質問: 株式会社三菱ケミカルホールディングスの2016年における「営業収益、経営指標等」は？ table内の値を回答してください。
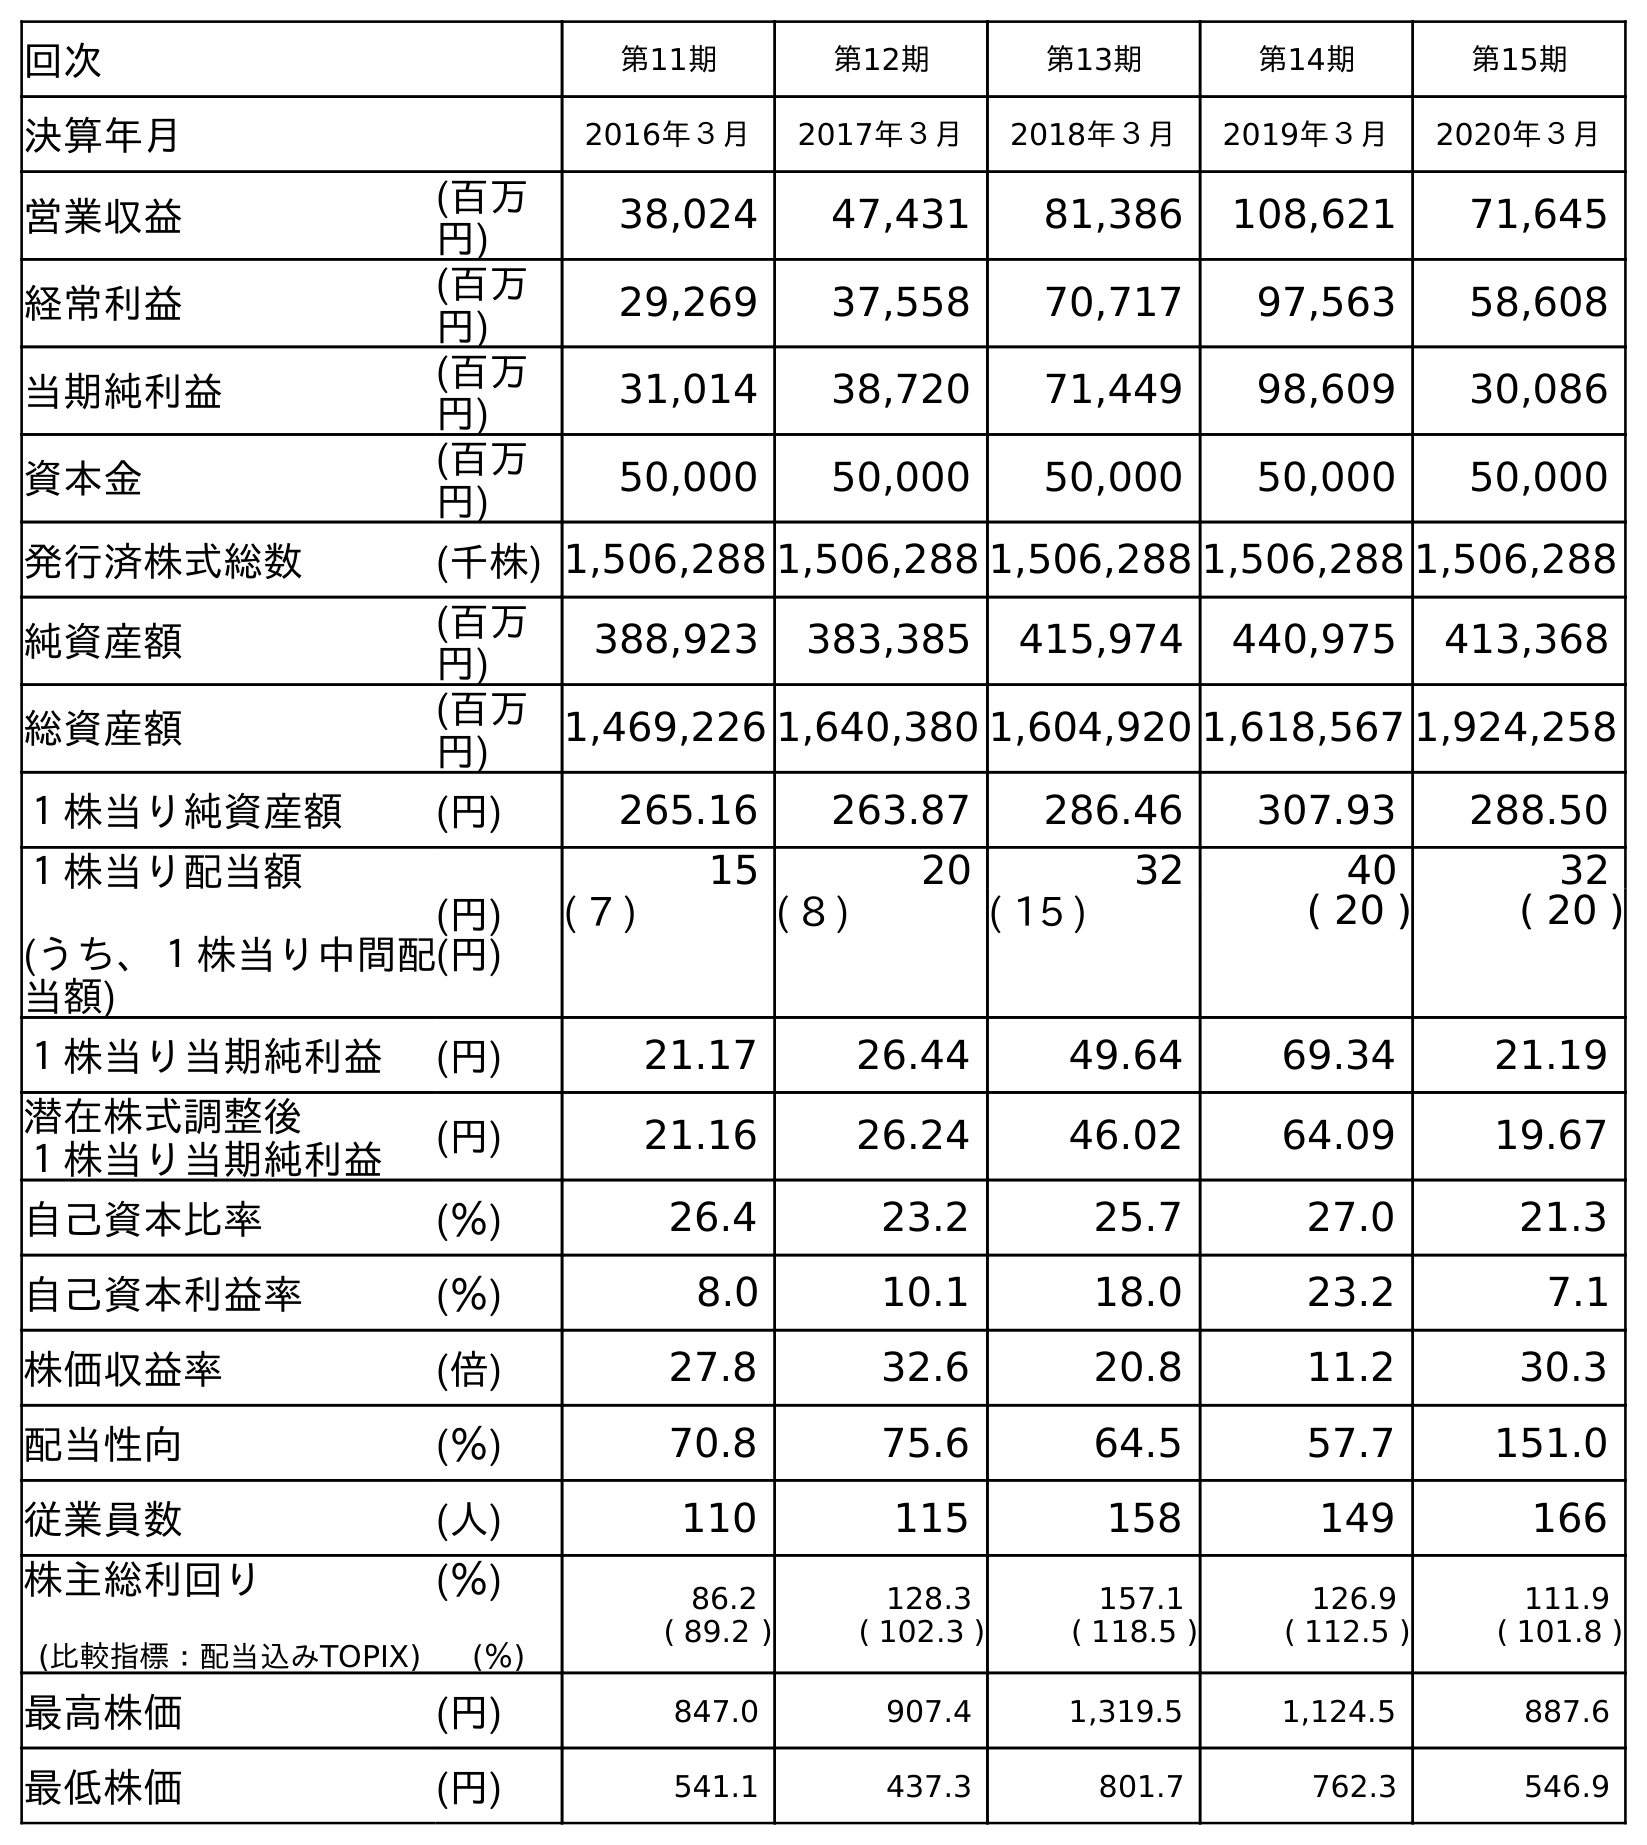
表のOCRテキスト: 回次 第11期 第12期 第13期 第14期 第15期 決算年月 2016年３月 2017年３月 2018年３月 2019年３月 2020年３月 営業収益 (百万 円) 38,024 47,431 81,386 108,621 71,645 経常利益 (百万 円) 29,269 37,558 70,717 97,563 58,608 当期純利益 (百万 円) 31,014 38,720 71,449 98,609 30,086 資本金 (百万 円) 50,000 50,000 50,000 50,000 50,000 発行済株式総数 (千株) 1,506,288 1,506,288 1,506,288 1,506,288 1,506,288 純資産額 (百万 円) 388,923 383,385 415,974 440,975 413,368 総資産額 (百万 円) 1,469,226 1,640,380 1,604,920 1,618,567 1,924,258 １株当り純資産額 (円) 265.16 263.87 286.46 307.93 288.50 １株当り配当額 (うち、１株当り中間配 当額) (円) (円) 15 20 32 40 32 ( 7 ) ( 8 ) ( 15 ) ( 20 ) ( 20 ) １株当り当期純利益 (円) 21.17 26.44 49.64 69.34 21.19 潜在株式調整後 １株当り当期純利益 (円) 21.16 26.24 46.02 64.09 19.67 自己資本比率 (％) 26.4 23.2 25.7 27.0 21.3 自己資本利益率 (％) 8.0 10.1 18.0 23.2 7.1 株価収益率 (倍) 27.8 32.6 20.8 11.2 30.3 配当性向 (％) 70.8 75.6 64.5 57.7 151.0 従業員数 (人) 110 115 158 149 166 株主総利回り (比較指標：配当込みTOPIX) (％) (％) 86.2 ( 89.2 ) 128.3 ( 102.3 ) 157.1 ( 118.5 ) 126.9 ( 112.5 ) 111.9 ( 101.8 ) 最高株価 (円) 847.0 907.4 1,319.5 1,124.5 887.6 最低株価 (円) 541.1 437.3 801.7 762.3 546.9
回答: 38,024